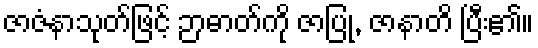
ဇာဇံနာသုတ်ဖြင့် ဉာဓာတ်ကို ဇာပြု, ဇာနာတိ ပြီး၏။